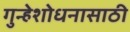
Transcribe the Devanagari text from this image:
गुन्हेशोधनासाठी